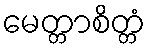
မေတ္တာစိတ္တံ